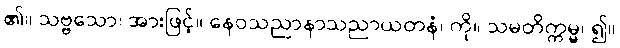
၏။ သဗ္ဗသော၊ အားဖြင့်။ နေဝသညာနာသညာယတနံ၊ ကို။ သမတိက္ကမ္မ၊ ၍။